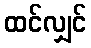
ထင်လျှင်